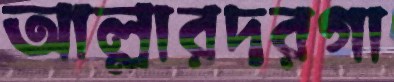
আল্লারদরগা